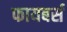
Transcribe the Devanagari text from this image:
फायबर्स